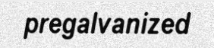
pregalvanized